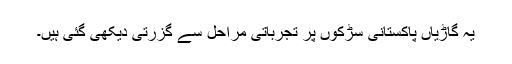
یہ گاڑیاں پاکستانی سڑکوں پر تجرباتی مراحل سے گزرتی دیکھی گئی ہیں۔